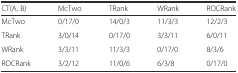
| CT(A, B) | McTwo | TRank | WRank | ROCRank |
 | --- | --- | --- | --- | --- |
 | McTwo | 0/17/0 | 14/0/3 | 11/3/3 | 12/2/3 |
 | TRank | 3/0/14 | 0/17/0 | 3/3/11 | 6/0/11 |
 | WRank | 3/3/11 | 11/3/3 | 0/17/0 | 8/3/6 |
 | ROCRank | 3/2/12 | 11/0/6 | 6/3/8 | 0/17/0 |